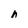
Character: h